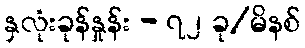
နှလုံးခုန်နှုန်း - ၇၂ ခု/မိနစ်